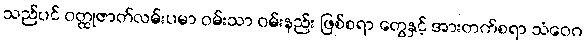
သည်ပင် ဝတ္ထုဇာတ်လမ်းပမာ ဝမ်းသာ ဝမ်းနည်း ဖြစ်စရာ တွေနှင့် အားတက်စရာ သံဝေဂ